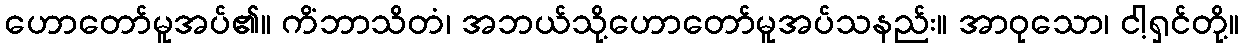
ဟောတော်မူအပ်၏။ ကိံဘာသိတံ၊ အဘယ်သို့ဟောတော်မူအပ်သနည်း။ အာဝုသော၊ ငါ့ရှင်တို့။